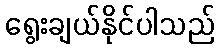
ရွေးချယ်နိုင်ပါသည်